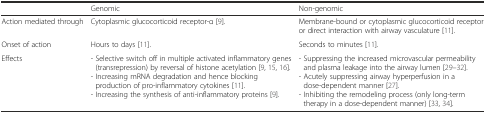
<table><thead><tr><td></td><td><b>Genomic</b></td><td><b>Non-genomic</b></td></tr></thead><tbody><tr><td>Action mediated through</td><td>Cytoplasmic glucocorticoid receptor-α [9].</td><td>Membrane-bound or cytoplasmic glucocorticoid receptor or direct interaction with airway vasculature [11].</td></tr><tr><td>Onset of action</td><td>Hours to days [11].</td><td>Seconds to minutes [11].</td></tr><tr><td>Effects</td><td>- Selective switch off in multiple activated inflammatory genes (transrepression) by reversal of histone acetylation [9, 15, 16].- Increasing mRNA degradation and hence blocking production of pro-inflammatory cytokines [11].- Increasing the synthesis of anti-inflammatory proteins [9].</td><td>- Suppressing the increased microvascular permeability and plasma leakage into the airway lumen [29–32].- Acutely suppressing airway hyperperfusion in a dose-dependent manner [27].- Inhibiting the remodeling process (only long-term therapy in a dose-dependent manner) [33, 34].</td></tr></tbody></table>